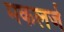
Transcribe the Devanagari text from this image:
मकलर्ज